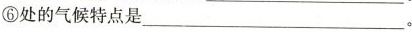
⑥处的气候特点是___。